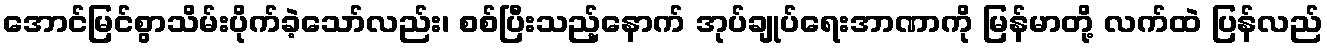
အောင်မြင်စွာသိမ်းပိုက်ခဲ့သော်လည်း၊ စစ်ပြီးသည့်နောက် အုပ်ချုပ်ရေးအာဏာကို မြန်မာတို့ လက်ထဲ ပြန်လည်